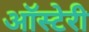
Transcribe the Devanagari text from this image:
ऑस्टेरी